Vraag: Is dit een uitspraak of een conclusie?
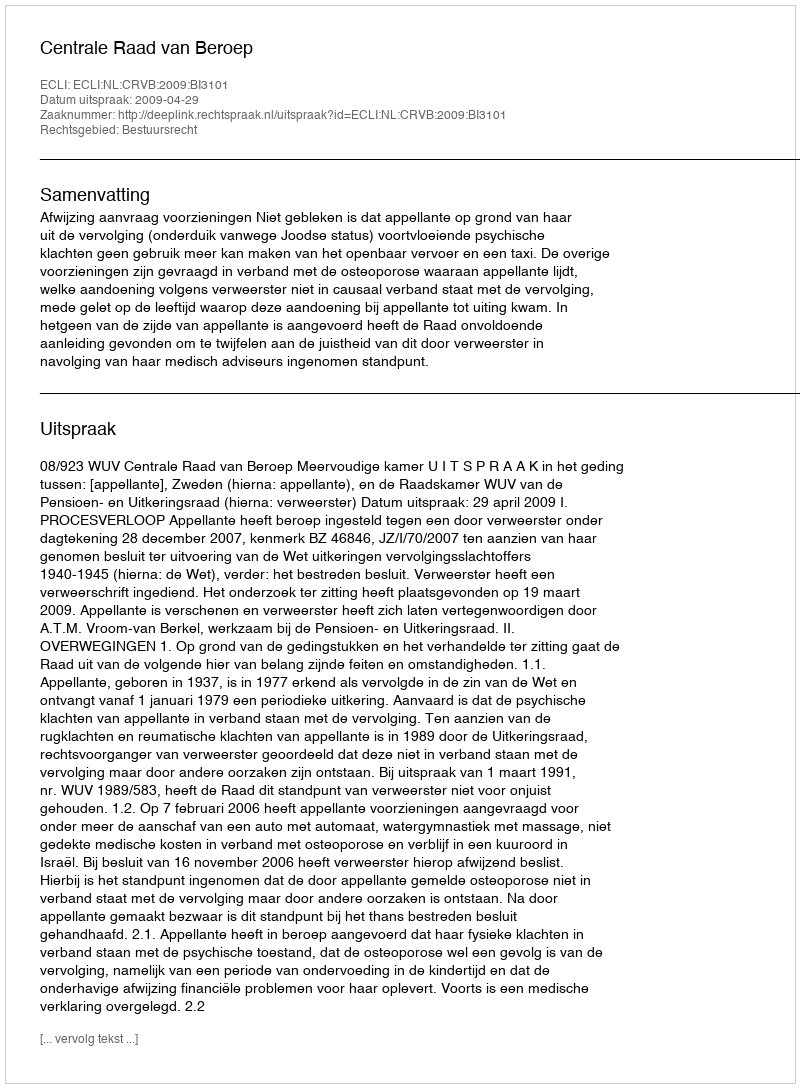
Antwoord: Uitspraak